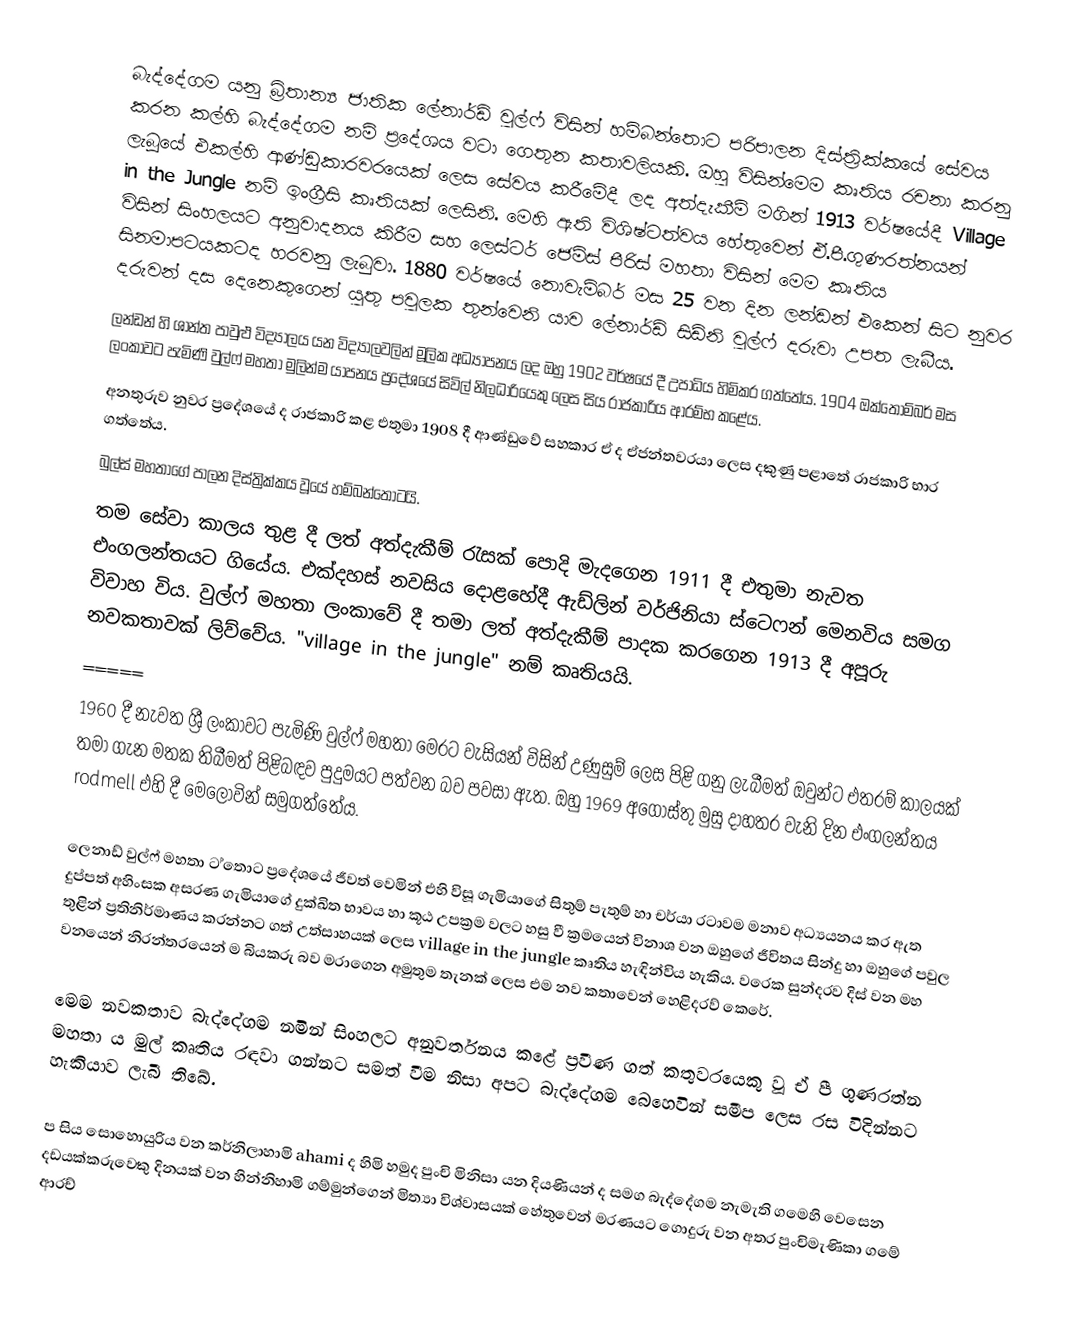
බැද්දේගම යනු බ්‍රිතාන්‍ය ජාතික ලේනාර්ඩ් වුල්ෆ් විසින් හම්බන්තොට පරිපාලන දිස්ත්‍රික්කයේ සේවය කරන කල්හි බැද්දේගම නම් ප්‍රදේශය වටා ගෙතුන කතාවලියකි. ඔහු විසින්මෙම කෘතිය රචනා කරනු ලැබූයේ එකල්හි ආණ්ඩුකාරවරයෙක් ලෙස සේවය කරීමේදී ලද අත්දැකීම් මගින් 1913 වර්ෂයේදී Village in the Jungle නම් ඉංග්‍රීසි කෘතියක් ලෙසිනි. මෙහි ඇති විශිෂ්ටත්වය හේතුවෙන් ඒ.පී.ගුණරත්නයන් විසින් සිංහලයට අනුවාදනය කිරීම සහ ලෙස්ටර් ජෙම්ස් පීරිස් මහතා විසින් මෙම කෘතිය සිනමාපටයකටද හරවනු ලැබුවා.      1880 වර්ෂයේ නොවැම්බර් මස 25 වන දින ලන්ඩන් එකෙන් සිට නුවර දරුවන් දස දෙනෙකුගෙන් යුතු පවුලක තුන්වෙනි යාව  ලේනාර්ඩ්  සිඩ්නි වුල්ෆ්  දරුවා උපත ලැබීය.
ලන්ඩන් හි ශාන්ත පාවුළු  විද්‍යාලය යන විද්‍යාලවලින් මූලික අධ්‍යාපනය ලද ඔහු 1902 වර්ෂයේ දී උපාධිය හිමිකර ගත්තේය. 1904 ඔක්තෝම්බර් මස ලංකාවට පැමිණි වුල්ෆ් මහතා මුලින්ම යාපනය ප්‍රදේශයේ සිවිල් නිලධාරියෙකු ලෙස සිය රාජකාරිය ආරම්භ කළේය.
අනතුරුව නුවර ප්‍රදේශයේ ද රාජකාරි කළ එතුමා 1908 දී ආණ්ඩුවේ සහකාර ඒ ද ඒජන්තවරයා ලෙස දකුණු පළාතේ රාජකාරි භාර ගත්තේය.
බුල්ස් මහතාගේ පාලන දිස්ත්‍රික්කය වූයේ හම්බන්තොටයි.
තම සේවා කාලය තුළ දී ලත් අත්දැකීම් රැසක් පොදි මැදගෙන 1911 දී එතුමා නැවත එංගලන්තයට ගියේය. එක්දහස් නවසිය දොළහේදී ඇඩ්ලින් වර්ජිනියා ස්ටෙෆන් මෙනවිය සමග විවාහ විය. වුල්ෆ් මහතා ලංකාවේ දී තමා ලත් අත්දැකීම් පාදක කරගෙන 1913 දී අපූරු නවකතාවක් ලිව්වේය. "village in the jungle" නම් කෘතියයි.
               =====
1960 දී නැවත ශ්‍රී ලංකාවට පැමිණි වුල්ෆ් මහතා මෙරට වැසියන් විසින් උණුසුම් ලෙස පිළි ගනු ලැබීමත් ඔවුන්ට එතරම් කාලයක් තමා ගැන මතක තිබීමත් පිළිබඳව පුදුමයට පත්වන බව පවසා ඇත. ඔහු 1969 අගෝස්තු මුසු දාහතර වැනි දින එංගලන්තය rodmell එහි දී මෙලොවින් සමුගත්තේය.

ලෙනාඩ් වුල්ෆ් මහතා ට ්තොට ප්‍රදේශයේ ජීවත් වෙමින් එහි විසූ ගැමියාගේ සිතුම් පැතුම් හා චර්යා රටාවම මනාව අධ්‍යයනය කර ඇත දුප්පත් අහිංසක අසරණ ගැමියාගේ දුක්ඛිත භාවය හා කූඨ උපක්‍රම වලට හසු වී ක්‍රමයෙන් විනාශ වන ඔහුගේ ජීවිතය සින්දු හා ඔහුගේ පවුල තුළින් ප්‍රතිනිර්මාණය කරන්නට ගත් උත්සාහයක් ලෙස village in the jungle කෘතිය හැඳින්විය හැකිය. වරෙක සුන්දරව දිස් වන මහ වනයෙන් නිරන්තරයෙන් ම බියකරු බව මරාගෙන අමුතුම තැනක් ලෙස එම නව කතාවෙන් හෙළිදරව් කෙරේ.

මෙම නවකතාව බැද්දේගම නමින් සිංහලට අනුවර්තනය කළේ ප්‍රවීණ ගත් කතුවරයෙකු වූ ඒ පී ගුණරත්න මහතා ය මුල් කෘතිය රඳවා ගන්නට සමත් වීම නිසා අපට බැද්දේගම බෙහෙවින් සමීප ලෙස රස විදින්නට හැකියාව ලැබී තිබේ.

  ප සිය සොහොයුරිය වන කර්නිලාහාමි ahami ද හිමි හමුද පුංචි මිනිසා යන දියණියන් ද සමග බැද්දේගම නැමැති ගමෙහි වෙසෙන දඩයක්කරුවෙකු දිනයක් වන හින්නිහාමි ගම්මුන්ගෙන් මිත්‍යා විශ්වාසයක් හේතුවෙන් මරණයට ගොදුරු වන අතර පුංචිමැණිකා ගමේ ආරච්